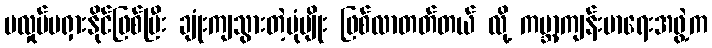
မလှုပ်မရှားနိုင်ဖြစ်ပြီး ချုံးကျသွားတဲ့ပုံမျိုး ဖြစ်လာတတ်တယ် လို့ ကမ္ဘာ့ကျန်းမာရေးအဖွဲ့က